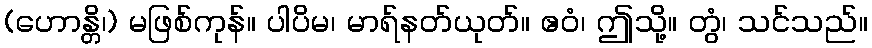
(ဟောန္တိ၊) မဖြစ်ကုန်။ ပါပိမ၊ မာရ်နတ်ယုတ်။ ဧဝံ၊ ဤသို့။ တွံ၊ သင်သည်။